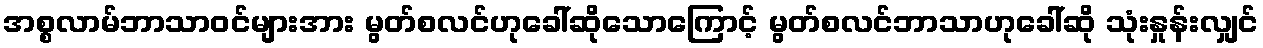
အစ္စလာမ်ဘာသာဝင်များအား မွတ်စလင်ဟုခေါ်ဆိုသောကြောင့် မွတ်စလင်ဘာသာဟုခေါ်ဆို သုံးနှုန်းလျှင်